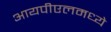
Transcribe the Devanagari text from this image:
आयपीएलमध्ये